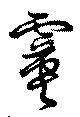
霙